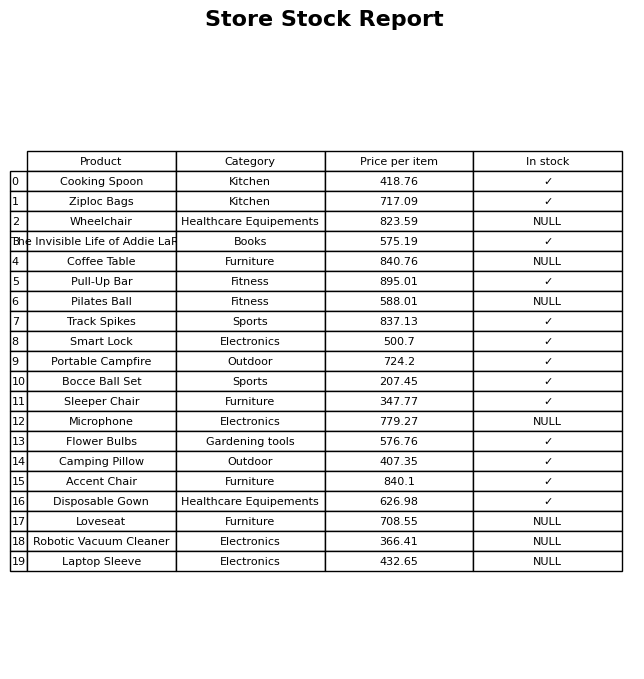
question: What is the price for Pilates Ball?
answer: The price of Pilates Ball is 588.01.